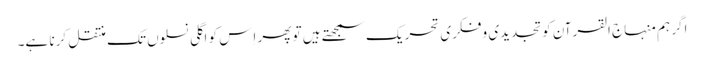
اگر ہم منہاج القرآن کو تجدیدی و فکری تحریک سمجھتے ہیں تو پھر اِس کو اگلی نسلوں تک منتقل کرنا ہے۔